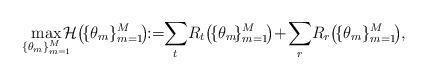
LaTeX: \begin{align*}\max _{\{\theta_m\}_{m=1}^{M}} \!\!\!\!\mathcal{H}\!\left(\!\{\theta_m\}_{m=1}^{M}\!\right)\!\!:=\!\!\sum_{t}\!R_{t}\!\left(\!\{\theta_m\!\}_{m=1}^{M}\!\right)\!+\!\sum_{r}\!R_{r}\!\left(\!\{\theta_m\}_{m=1}^{M}\!\right)\!,\end{align*}